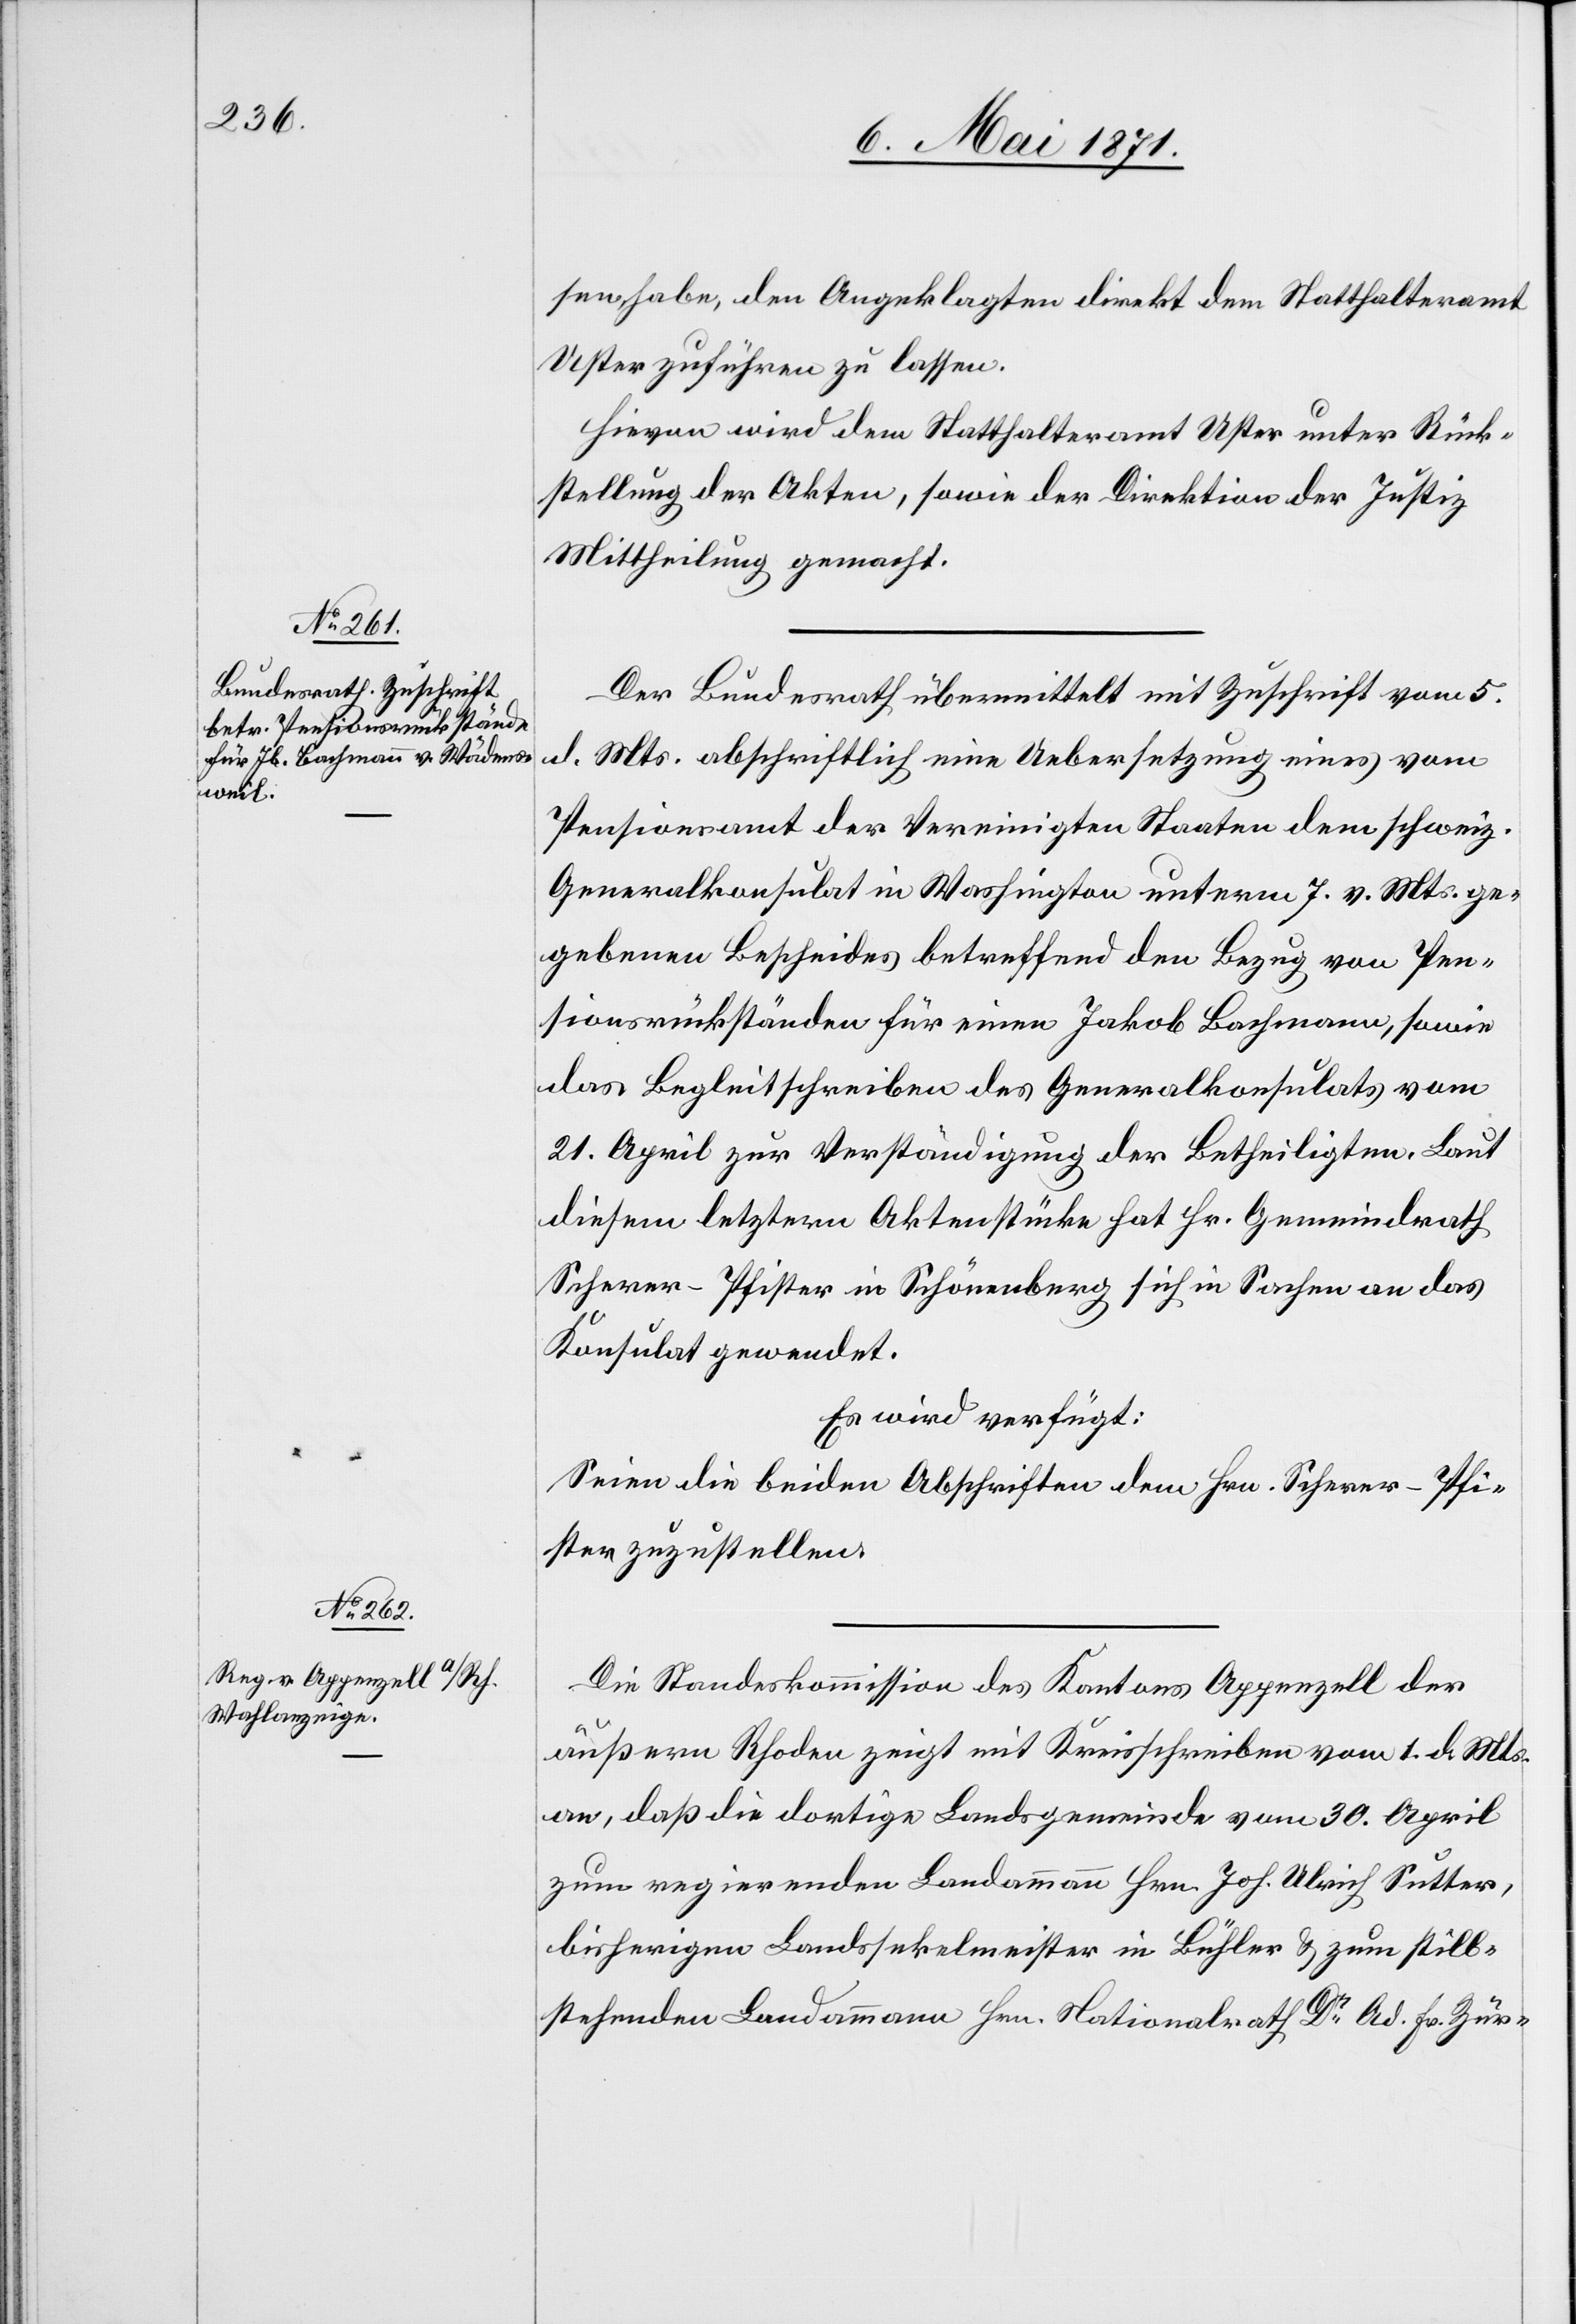
9. Mai 1871.]
sen haben, den Angeklagten direkt dem Statthalteramt
Uster zuführen zu lassen.
Hievon wird dem Statthalteramt Uster unter Rück¬
stellung der Akten, sowie der Direktion der Justiz
Mittheilung gemacht.
Der Bundesrath übermittelt mit Zuschrift vom 5.
d.
Mts. abschriftlich eine Uebersetzung eines vom
Pensionsamt der Vereinigten Staaten dem schweiz.
Generalkonsulat in Washington unterm 7. d. Mts. ge¬
gebenen Bescheides betreffend den Bezug von Pen¬
sionsrückständen für einen Jakob Bachmann, sowie
das Begleitschreiben des Generalkonsulats vom
21. April zur Verständigung der Betheiligten. Laut
diesem letztern Aktenstücke hat Hr. Gemeindrath
Scherer-Pfister in Schönenberg sich in Sachen an das
Konsulat gewendet.
Es wird verfügt:
Seien die beiden Abschriften dem Hrn. Scherer-Pfi¬
ster zuzustellen.
Die Standeskommission des Kantons Appenzell der
äußern Rhoden zeigt mit Kreisschreiben vom 1. d. Mts.
an, daß die dortige Landsgemeinde vom 30. April
zum regierenden Landammann Hrn. Joh. Ulrich Sutter,
bisherigen Landsekelmeister in Bühler u. zum still¬
stehenden Landammann Hrn. Nationalrath Dr. Ad. Fr. Zür-